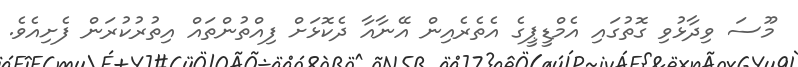
މޫސަ ވިދާޅުވި ގޮތުގައި އެމްޑީޕީގެ އެތެރެއިން އޭނާއާ ދެކޮޅަށް ފިއްތުންތައް އިތުރުކުރަން ފެށިއެވެ.